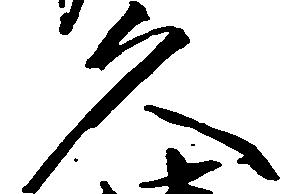
久